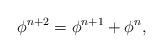
LaTeX: \begin{align*}\phi^{n+2}=\phi^{n+1}+\phi^{n}\mbox{,}\end{align*}